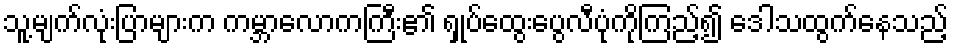
သူ့မျက်လုံးပြာများက ကမ္ဘာလောကကြီး၏ ရှုပ်ထွေးပွေလီပုံကိုကြည့်၍ ဒေါသထွက်နေသည့်